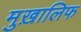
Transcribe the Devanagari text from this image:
मुख़ालिफ